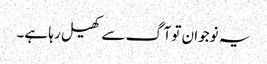
یہ نوجوان تو آگ سے کھیل رہا ہے۔